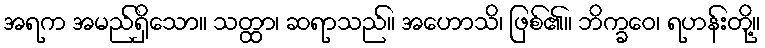
အရက အမည်ရှိသော။ သတ္ထာ၊ ဆရာသည်။ အဟောသိ၊ ဖြစ်၏။ ဘိက္ခဝေ၊ ရဟန်းတို့။